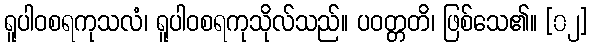
ရူပါဝစရကုသလံ၊ ရူပါဝစရကုသိုလ်သည်။ ပဝတ္တတိ၊ ဖြစ်သေ၏။ [၀၂]